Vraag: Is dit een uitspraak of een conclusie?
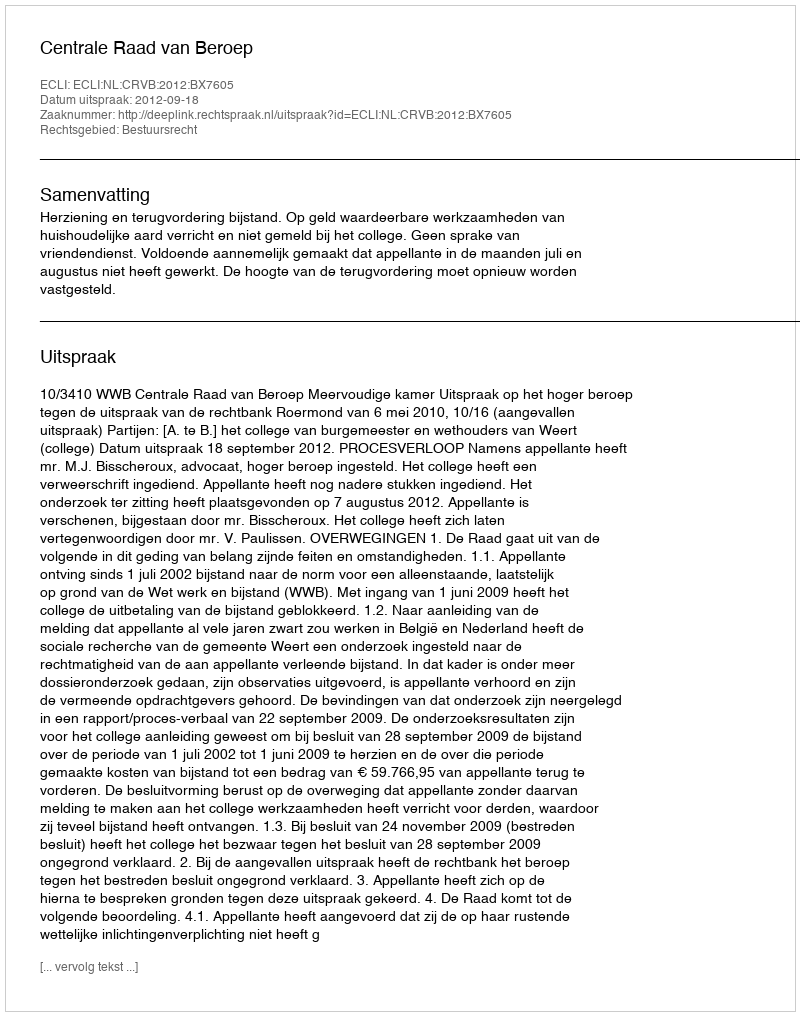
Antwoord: Uitspraak